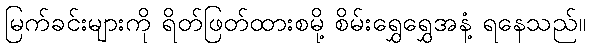
မြက်ခင်းများကို ရိတ်ဖြတ်ထားစမို့ စိမ်းရွှေရွှေအနံ့ ရနေသည်။